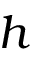
h